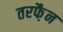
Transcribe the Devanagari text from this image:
तरफै़न